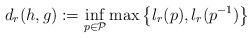
LaTeX: \begin{align*} d_r(h,g):= \inf_{p\in \mathcal{P}}\max \left\{l_r(p), l_r(p^{-1})\right\} \end{align*}